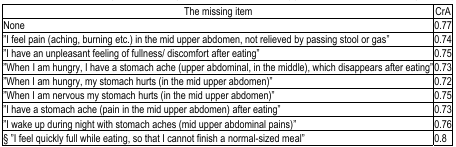
<table><thead><tr><td><b>The missing item</b></td><td><b>CrA</b></td></tr></thead><tbody><tr><td><b>None</b></td><td><b>0.77</b></td></tr><tr><td><b>”I feel pain (aching, burning etc.) in the mid upper abdomen, not relieved by passing stool or gas”</b></td><td><b>0.74</b></td></tr><tr><td><b>”I have an unpleasant feeling of fullness/ discomfort after eating”</b></td><td><b>0.75</b></td></tr><tr><td><b>”When I am hungry, I have a stomach ache (upper abdominal, in the middle), which disappears after eating”</b></td><td><b>0.73</b></td></tr><tr><td><b>”When I am hungry, my stomach hurts (in the mid upper abdomen)”</b></td><td><b>0.72</b></td></tr><tr><td><b>”When I am nervous my stomach hurts (in the mid upper abdomen)”</b></td><td><b>0.75</b></td></tr><tr><td><b>”I have a stomach ache (pain in the mid upper abdomen) after eating”</b></td><td><b>0.73</b></td></tr><tr><td><b>”I wake up during night with stomach aches (mid upper abdominal pains)”</b></td><td><b>0.76</b></td></tr><tr><td><b>§ ”I feel quickly full while eating, so that I cannot finish a normal-sized meal”</b></td><td><b>0.8</b></td></tr></tbody></table>